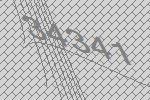
34341